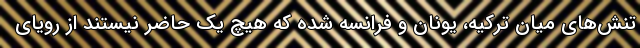
تنش‌های میان ترکیه، یونان و فرانسه شده که هیچ یک حاضر نیستند از رویای